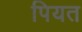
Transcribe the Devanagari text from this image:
पियत